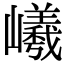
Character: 𡾞